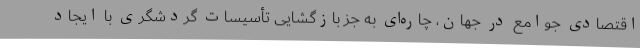
اقتصادی جوامع در جهان، چاره‌ای به جز بازگشایی تأسیسات گردشگری با ایجاد